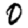
Digit: 0